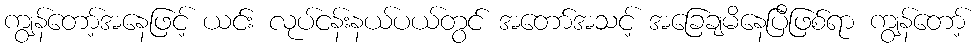
ကျွန်တော့်အနေဖြင့် ယင်း လုပ်ငန်းနယ်ပယ်တွင် အတော်အသင့် အခြေချမိနေပြီဖြစ်ရာ ကျွန်တော့်